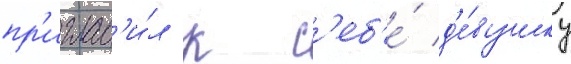
пр'иглас'и́л к с'еб'е́ д'е́вушку